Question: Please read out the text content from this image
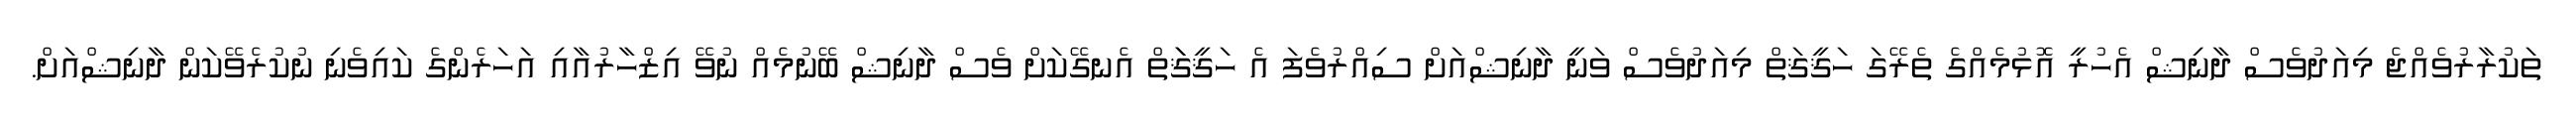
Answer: ތަކުރާރުވެއްޖެ މިއަދުވެސް ދާނިޝް އެހުރީ އޮޅުމެއްގެ ތެރޭގަ ހަޤީޤަތް މިއަދުވެސް ވަނީ ދާނިޝްއަށް ސިއްރުވެފަ އެ ހަޤީޤަަތް އެނގޭކަށް ވެސް ދާނިޝް ބޭނުމެއް ނުވޭ އިޒްހާރުއާއި އަހަރެންގެ ކައިވެނި ނުކުރެވޭކަން ދާނިޝްއަށް.